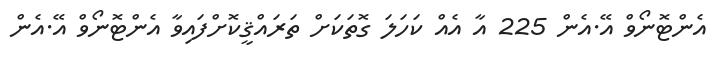
އެންޓޮނޯވް އޭ.އެން 225 އާ އެއް ކަހަލަ ގޮތަކަށް ތަރައްޤީކޮށްފައިވާ އެންޓޮނޯވް އޭ.އެން